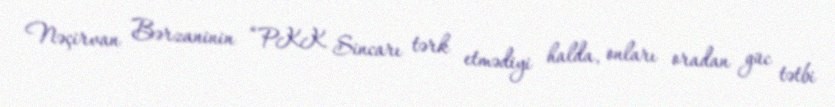
Nəçirvan Bərzaninin “PKK Sincarı tərk etmədiyi halda, onları oradan güc tətbi